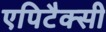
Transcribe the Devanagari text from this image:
एपिटैक्सी